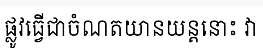
ផ្លូវធ្វើជាចំណតយានយន្តនោះ វា